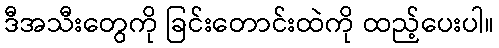
ဒီအသီးတွေကို ခြင်းတောင်းထဲကို ထည့်ပေးပါ။